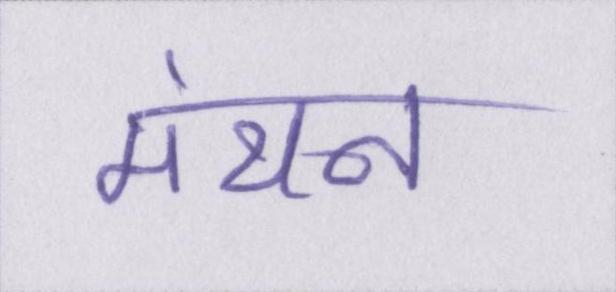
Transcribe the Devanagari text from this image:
मंथन